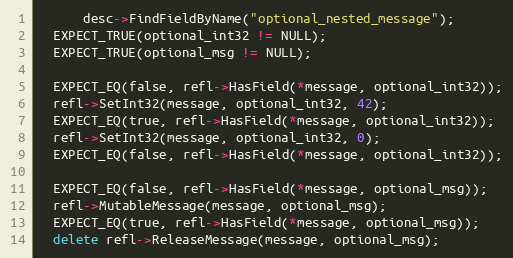
Language: C++
      desc->FindFieldByName("optional_nested_message");
  EXPECT_TRUE(optional_int32 != NULL);
  EXPECT_TRUE(optional_msg != NULL);

  EXPECT_EQ(false, refl->HasField(*message, optional_int32));
  refl->SetInt32(message, optional_int32, 42);
  EXPECT_EQ(true, refl->HasField(*message, optional_int32));
  refl->SetInt32(message, optional_int32, 0);
  EXPECT_EQ(false, refl->HasField(*message, optional_int32));

  EXPECT_EQ(false, refl->HasField(*message, optional_msg));
  refl->MutableMessage(message, optional_msg);
  EXPECT_EQ(true, refl->HasField(*message, optional_msg));
  delete refl->ReleaseMessage(message, optional_msg);